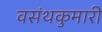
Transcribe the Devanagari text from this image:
वसंथकुमारी